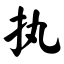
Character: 执